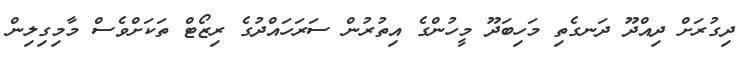
ދިގުރަށް ދިއްދޫ ދަނގެތި މަހިބަދޫ މީހުންގެ އިތުރުން ސަރަހައްދުގެ ރިޒޯޓް ތަކަށްވެސް މާމިގިލިން